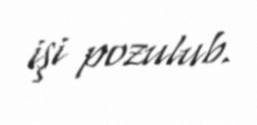
işi pozulub.